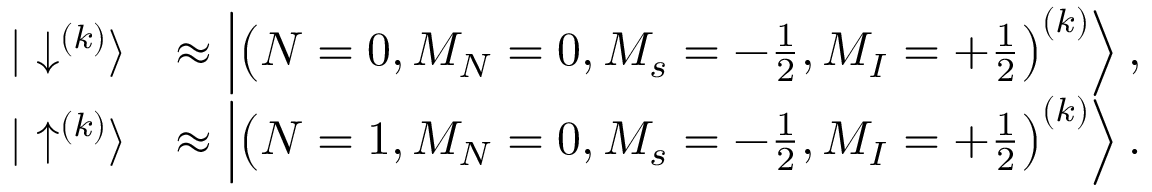
\begin{array} { r l } { | \downarrow ^ { ( k ) } \rangle } & { \approx \left| \left( N = 0 , M _ { N } = 0 , M _ { s } = - \frac { 1 } { 2 } , M _ { I } = + \frac { 1 } { 2 } \right) ^ { ( k ) } \right\rangle , } \\ { | \uparrow ^ { ( k ) } \rangle } & { \approx \left| \left( N = 1 , M _ { N } = 0 , M _ { s } = - \frac { 1 } { 2 } , M _ { I } = + \frac { 1 } { 2 } \right) ^ { ( k ) } \right\rangle . } \end{array}